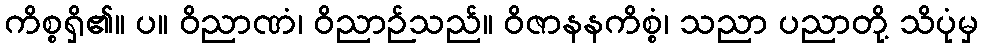
ကိစ္စရှိ၏။ ပ။ ဝိညာဏံ၊ ဝိညာဉ်သည်။ ဝိဇာနနကိစ္စံ၊ သညာ ပညာတို့ သိပုံမှ